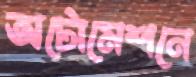
অটোমেশনে